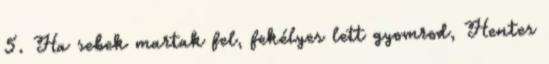
5. Ha sebek martak fel, fekélyes lett gyomrod, Hentes